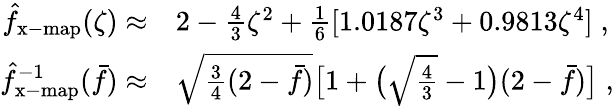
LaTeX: \begin{array}{rl}{\hat{f}_{\mathrm{x-map}}(\zeta)\approx}&{2-\frac 43\zeta^{2}+\frac 16[1.0187\zeta^{3}+0.9813\zeta^{4}]\; ,}\\ {\hat{f}_{\mathrm{x-map}}^{-1}(\bar{f})\approx}&{\sqrt{\frac{3}{4}(2-\bar{f})}\big[1+\big(\sqrt{\frac{4}{3}}-1\big)(2-\bar{f})\big]\; ,}\end{array}